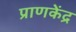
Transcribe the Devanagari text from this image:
प्राणकेंद्र